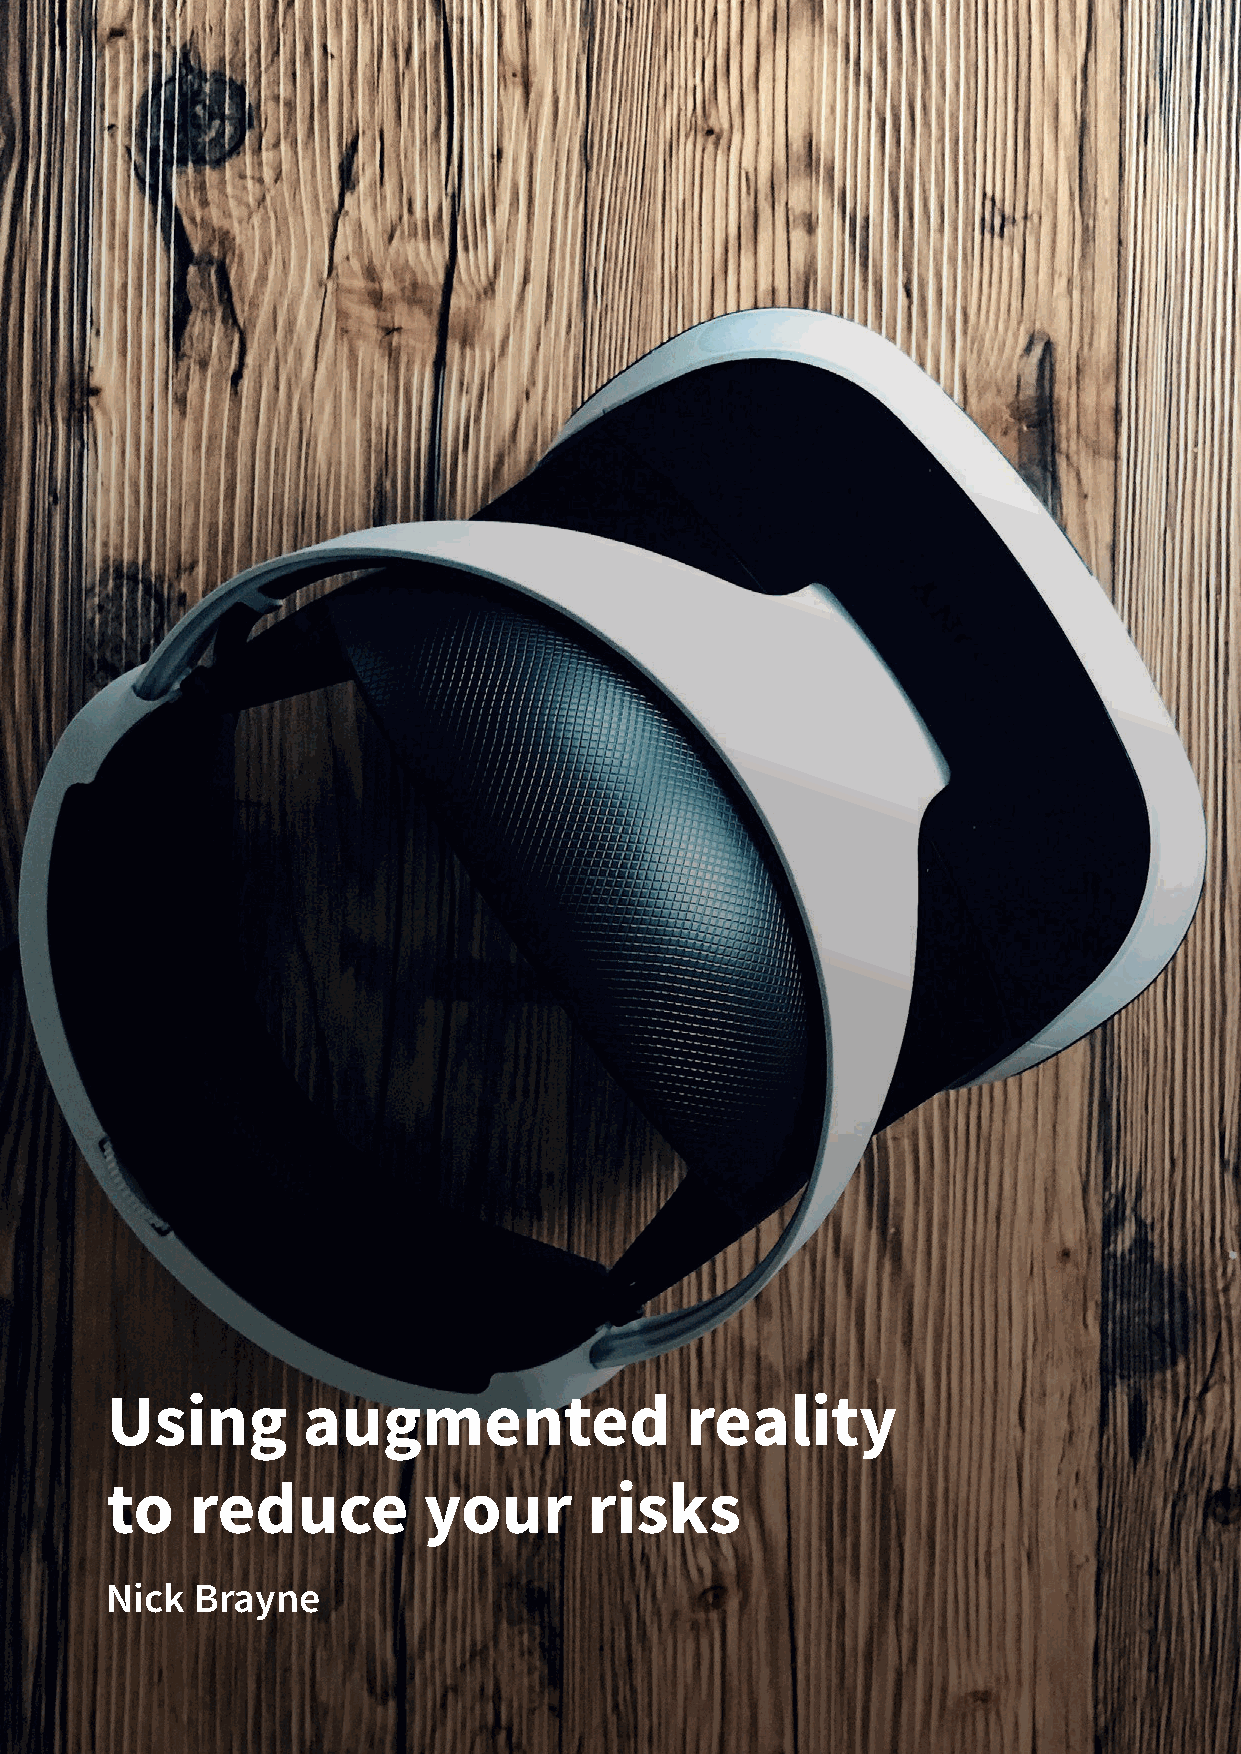
Using        augmented                reality
 to    reduce         your       risks
 Nick  Brayne